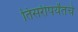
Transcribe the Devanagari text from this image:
तिसरीपर्यंतचे